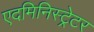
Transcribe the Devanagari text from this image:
एदमिनिस्ट्रेटर